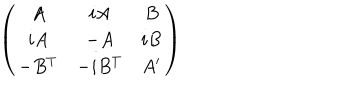
LaTeX: \left( \begin{array} { c c c } { { A } } & { { i A } } & { { B } } \\ { { i A } } & { { - A } } & { { i B } } \\ { { - B ^ { T } } } & { { - i B ^ { T } } } & { { A ^ { \prime } } } \\ \end{array} \right)